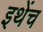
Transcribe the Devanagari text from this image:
इथेंच